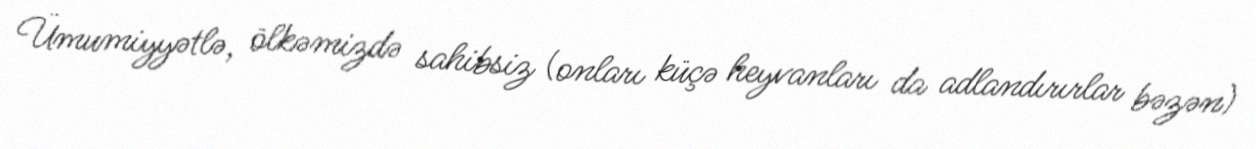
Ümumiyyətlə, ölkəmizdə sahibsiz (onları küçə heyvanları da adlandırırlar bəzən)